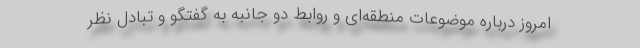
امروز درباره موضوعات منطقه‌ای و روابط دو جانبه به گفتگو و تبادل نظر